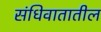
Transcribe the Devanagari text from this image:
संधिवातातील